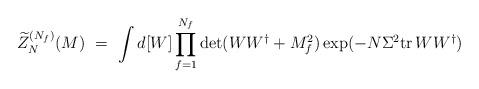
LaTeX: \begin{align*}\widetilde{Z}_N^{(N_f)}(M) \ = \ \int d[W] \prod_{f=1}^{N_f}\det(WW^\dagger+M_f^2) \exp(-N\Sigma^2{{\rm tr}\,} WW^\dagger)\end{align*}